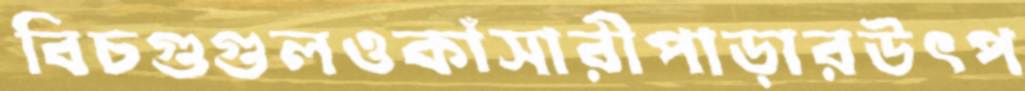
বিচগুগুলওকাঁসারীপাড়ারউৎপ